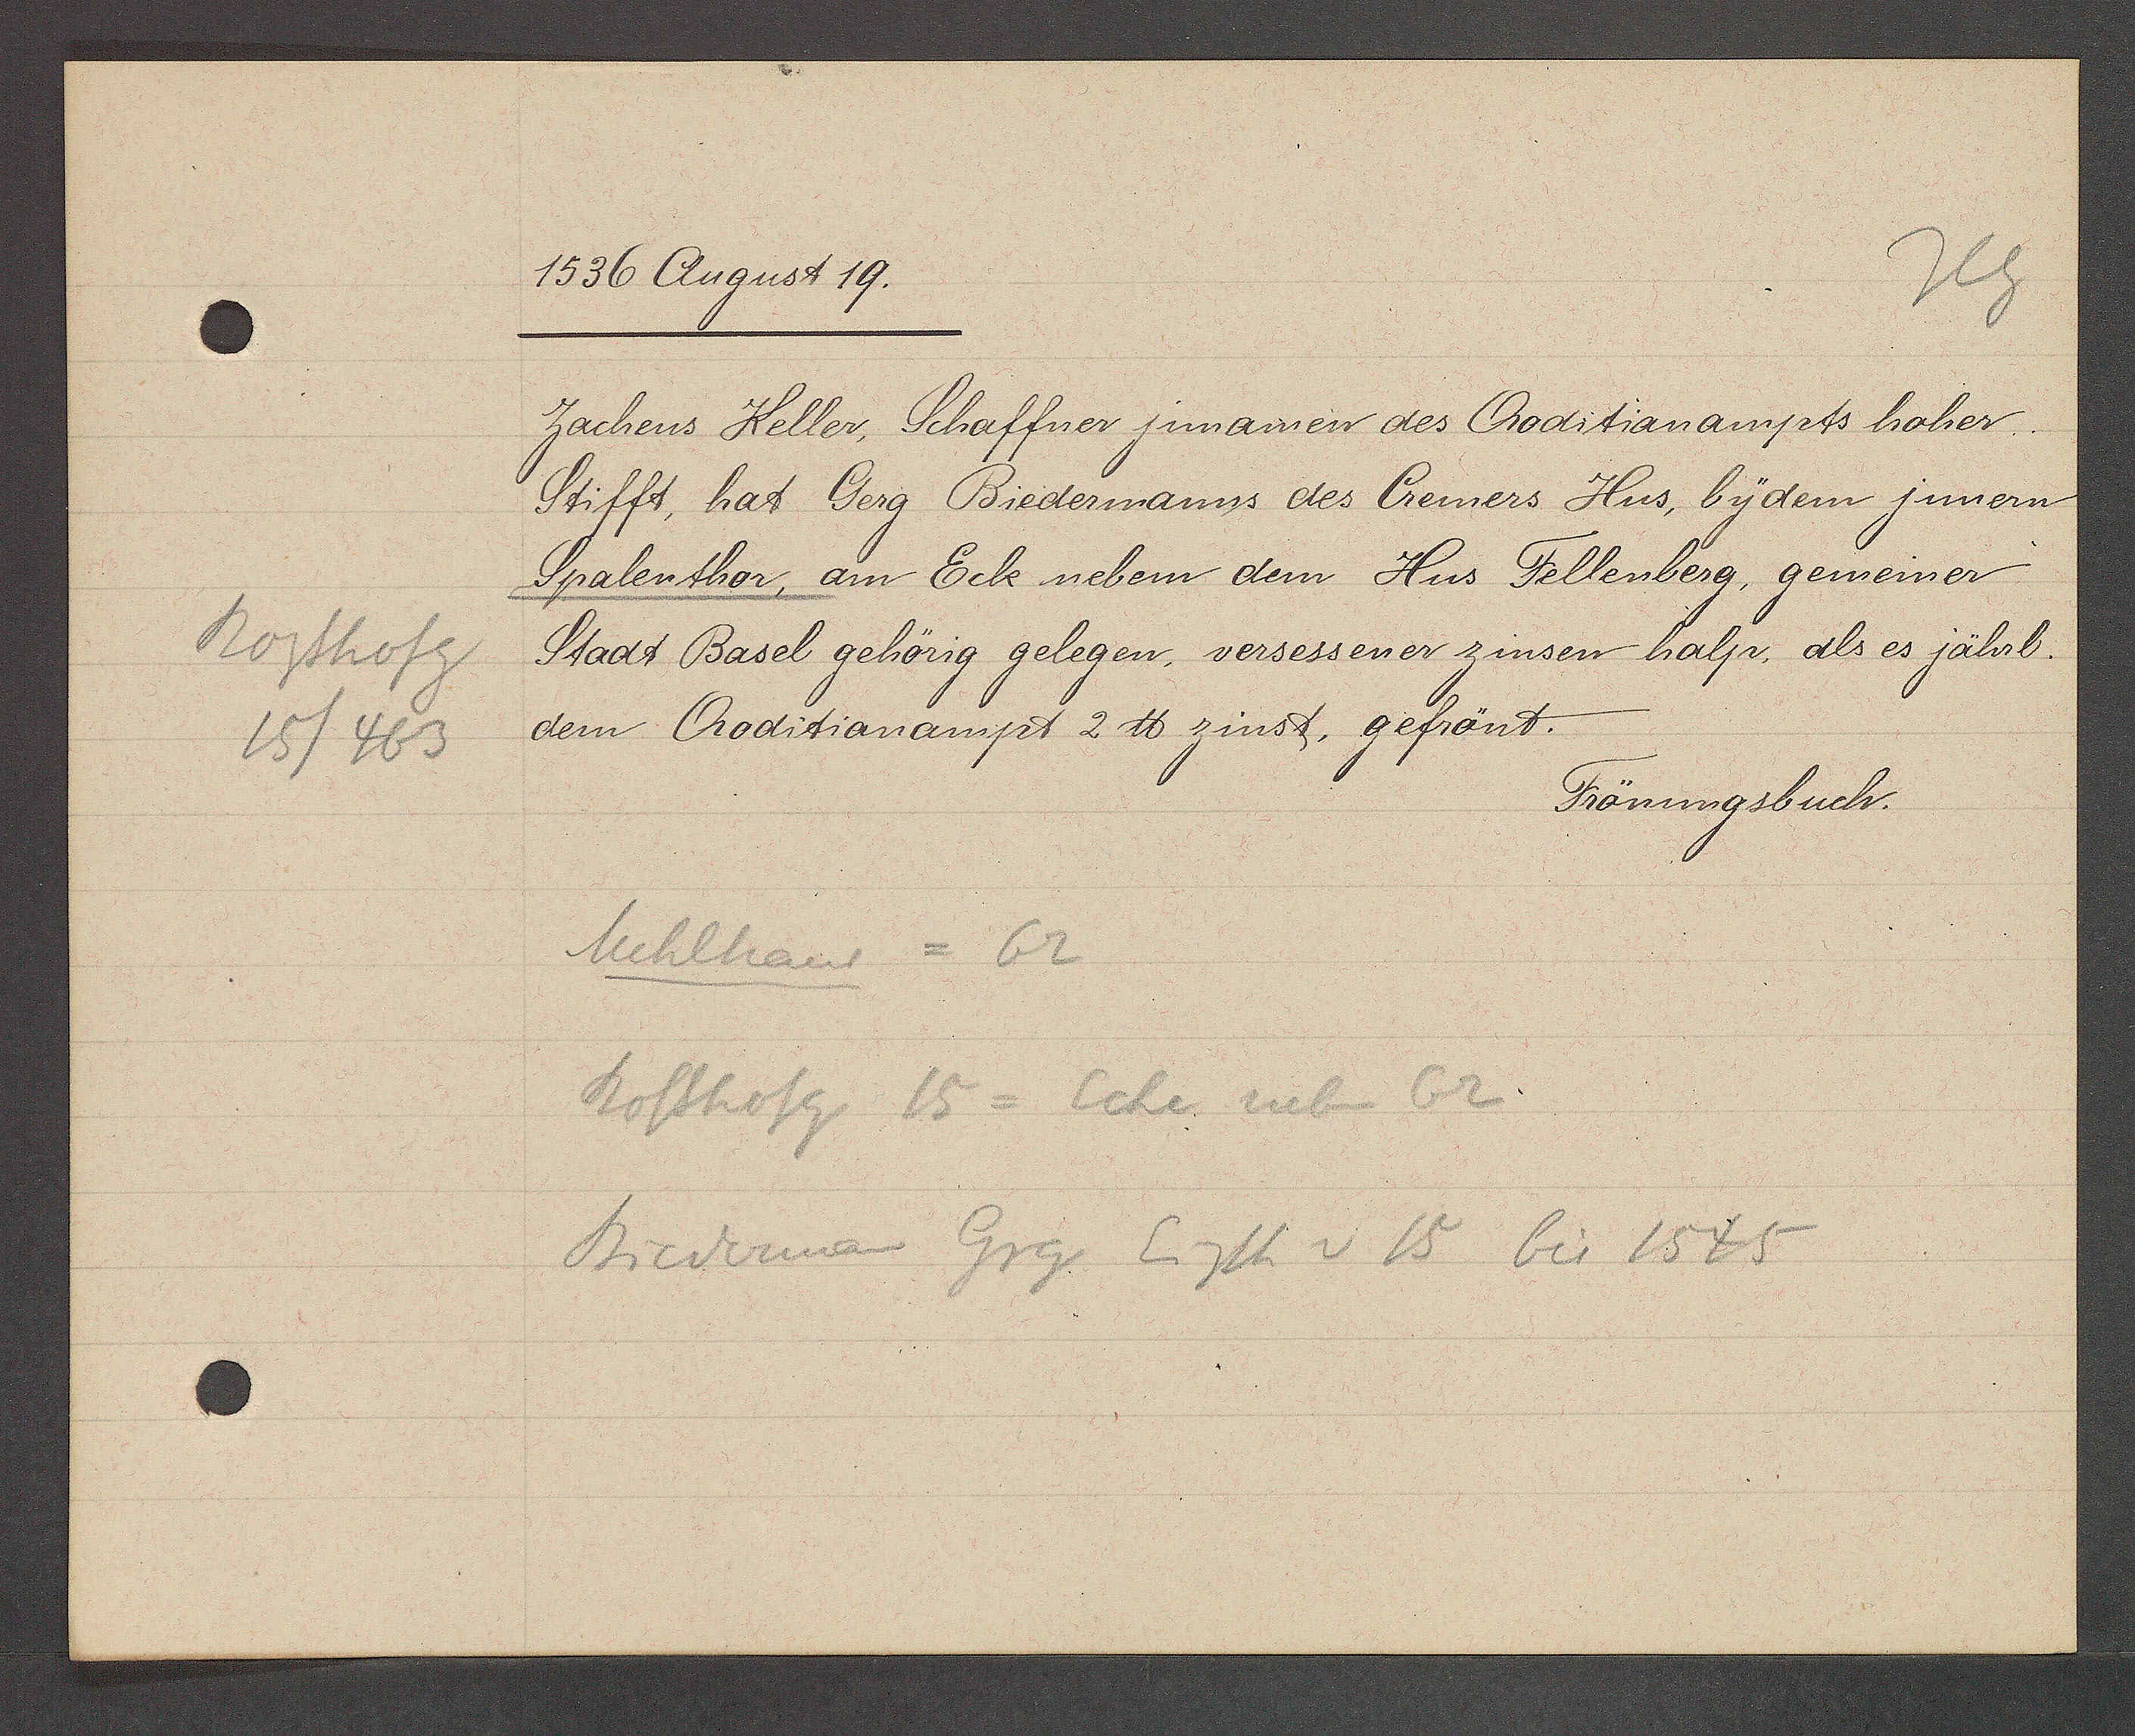
Transcript:
Rosshofg
15/463

1536 August 19.

Jachens Keller, Schaffner jnnamen des Croditianampts hoher
Stifft, hat Gerg Biedermanns des Cremers Hus, bydem jnnern
Spalenthor, am Eck nebern dem Hus Fellenberg, gemeiner
Stadt Basel gehörig gelegen, versessener zinsen halp, als es jährl.
dem Croditianampt 2 ℔ zinst, gefrönt.

Frönungsbuch.

Mehlhaus = 62
Rosshofg 15 = Ecke neben 62
Biederman Grg Eigth v 15 bis 1545